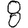
Digit: 8